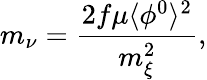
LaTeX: m_{\nu}={\frac{2f\mu\langle\phi^{0}\rangle^{2}}{m_{\xi}^{2}}},